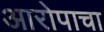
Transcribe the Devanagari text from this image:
आरोपाचा